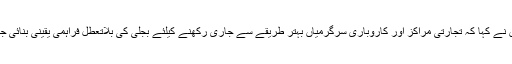
انہوں نے کہا کہ تجارتی مراکز اور کاروباری سرگرمیاں بہتر طریقے سے جاری رکھنے کیلئے بجلی کی بلاتعطل فراہمی یقینی بنائی جائے۔